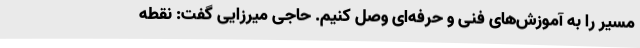
مسیر را به آموزش‌های فنی و حرفه‌ای وصل کنیم. حاجی میرزایی گفت: نقطه